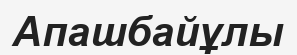
Апашбайұлы